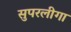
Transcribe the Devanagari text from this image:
सुपरलीगा